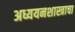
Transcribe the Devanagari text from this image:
अध्ययनशास्त्राचा